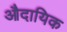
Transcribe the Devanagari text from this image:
औदायिक